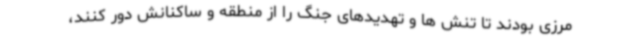
مرزی بودند تا تنش ها و تهدیدهای جنگ را از منطقه و ساکنانش دور کنند،